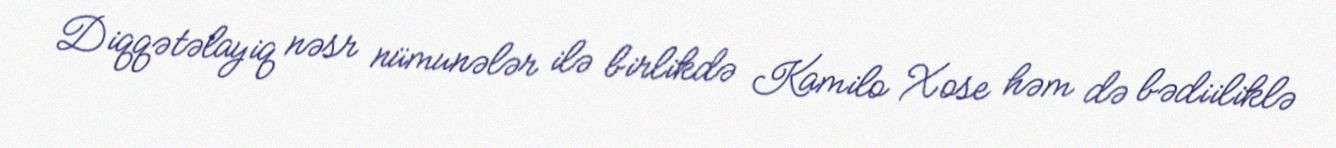
Diqqətəlayiq nəsr nümunələr ilə birlikdə Kamilo Xose həm də bədiiliklə